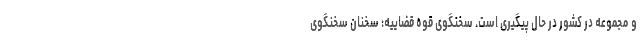
و مجموعه در کشور در حال پیگیری است. سخنگوی قوه قضاییه: سخنان سخنگوی